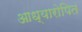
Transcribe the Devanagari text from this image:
आध्यारोपित